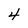
Character: 4